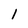
Character: 1